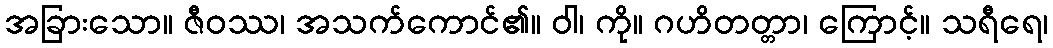
အခြားသော။ ဇီဝဿ၊ အသက်ကောင်၏။ ဝါ၊ ကို။ ဂဟိတတ္တာ၊ ကြောင့်။ သရီရေ၊